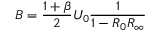
B = \frac { 1 + \beta } { 2 } U _ { 0 } \frac { 1 } { 1 - R _ { 0 } R _ { \infty } }